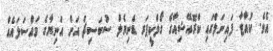
އެވެ. ކުއާޓާ ފައިނަލްގައި ކްރޮއޭޝިއާގެ ގޯލްކީޕަރ ޑެނިޔެލް ސުބަސިޗް އަށް އަނިޔާގެ މައްސަލައެއް